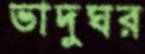
ভাদুঘর